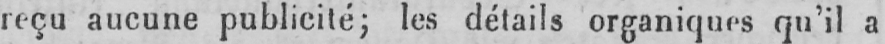
reçu aucune publicité; les détails organiques qu’il a